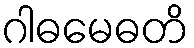
ဂါဓမေဓတိ